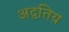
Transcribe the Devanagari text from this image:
अद्वतिय